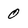
Character: 0